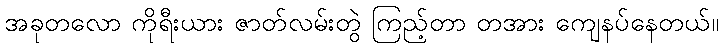
အခုတလော ကိုရီးယား ဇာတ်လမ်းတွဲ ကြည့်တာ တအား ကျေနပ်နေတယ်။